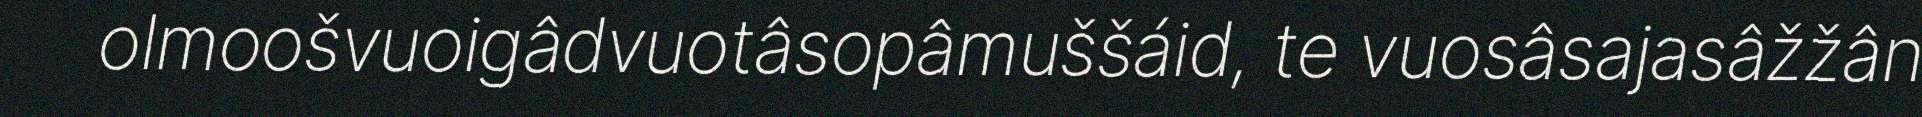
olmoošvuoigâdvuotâsopâmuššáid, te vuosâsajasâžžân